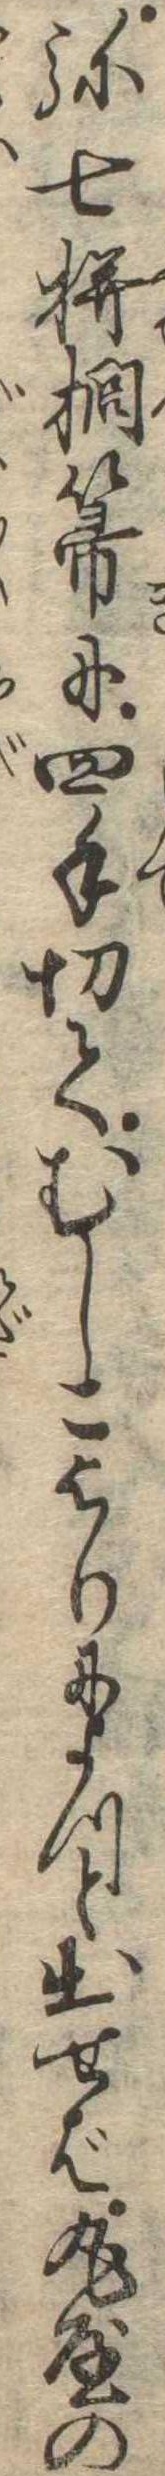
弥七櫚箒に四手切てむしこよりによつと出せば丸屋の